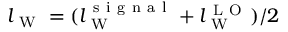
l _ { \mathrm { ~ W ~ } } = ( l _ { \mathrm { ~ W ~ } } ^ { \mathrm { ~ s ~ i ~ g ~ n ~ a ~ l ~ } } + l _ { \mathrm { ~ W ~ } } ^ { \mathrm { ~ L ~ O ~ } } ) / 2